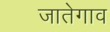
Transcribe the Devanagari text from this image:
जातेगाव